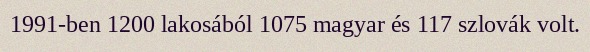
1991-ben 1200 lakosából 1075 magyar és 117 szlovák volt.